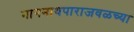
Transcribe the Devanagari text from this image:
नागनाथपाराजवळच्या